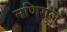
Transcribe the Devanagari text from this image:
मणिगुल